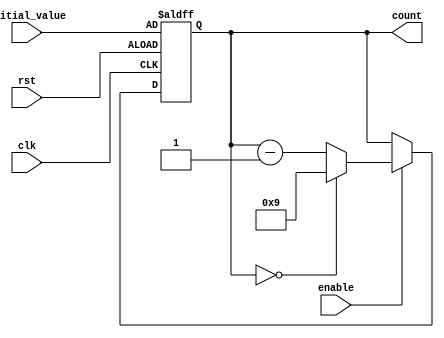
module bcd_down_counter (
    input wire clk,
    input wire rst,
    input wire enable,
    input wire [3:0] initial_value,
    output wire [3:0] count
);

reg [3:0] current_count;

always @(posedge clk or posedge rst) begin
    if (rst) begin
        current_count <= initial_value;
    end else begin
        if (enable) begin
            if (current_count == 4'h0) begin
                current_count <= 4'h9;
            end else begin
                current_count <= current_count - 1;
            end
        end
    end
end

assign count = current_count;

endmodule